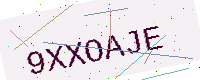
Text: 9XXOAJE